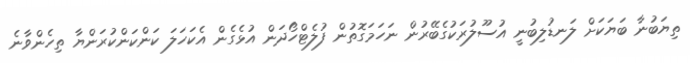
ތިޔަބުނާ ބަޔަކަށް ލަނޑުލިބުނީ އުސޫލުރަކުގެބޭރުން ނަހަމަގޮތުން ފުލެޓްހޯދަން އުޅެގެން އެކަހަލަ ކަންކަންކުރަންޔާ ތިހެންވާނެ